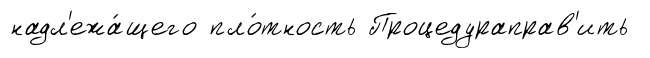
надл'ежа́щего пло́тность Процедураправ'ить